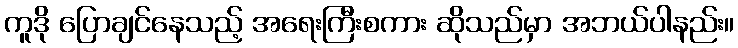
ကူဒို ပြောချင်နေသည့် အရေးကြီးစကား ဆိုသည်မှာ အဘယ်ပါနည်း။